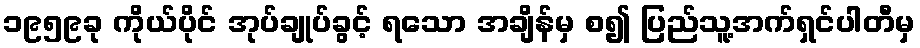
၁၉၅၉ခု ကိုယ်ပိုင် အုပ်ချုပ်ခွင့် ရသော အချိန်မှ စ၍ ပြည်သူ့အက်ရှင်ပါတီမှ